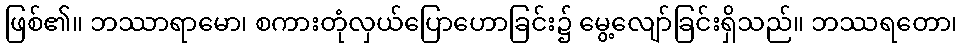
ဖြစ်၏။ ဘဿာရာမော၊ စကားတုံလှယ်ပြောဟောခြင်း၌ မွေ့လျော်ခြင်းရှိသည်။ ဘဿရတော၊